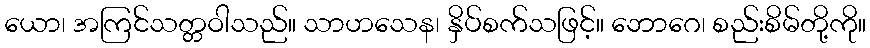
ယော၊ အကြင်သတ္တဝါသည်။ သာဟသေန၊ နှိပ်စက်သဖြင့်။ ဘောဂေ၊ စည်းစိမ်တို့ကို။